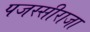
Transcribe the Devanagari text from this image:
पजस्सीराजा